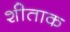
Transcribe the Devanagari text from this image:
शीताक